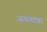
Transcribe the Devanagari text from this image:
जययात्रा